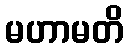
မဟာမတိ